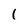
Character: 1